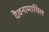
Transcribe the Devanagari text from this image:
दैवनामाथिल